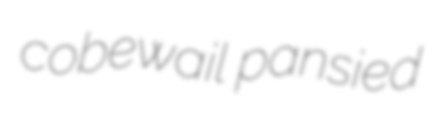
cobewail pansied